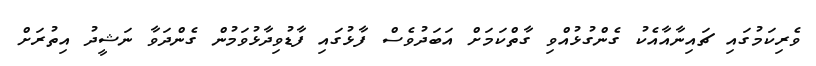
ވެރިކަމުގައި ޗައިނާއާއެކު ގެންގުޅުއްވި ގާތްކަމަށް އަބަދުވެސް ފާޅުގައި ފާޑުވިދާޅުވަމުން ގެންދަވާ ނަޝީދު އިތުރަށް